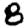
Digit: 8